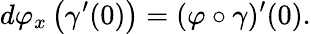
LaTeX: d\varphi_{x}\left(\gamma^{\prime}(0)\right)=(\varphi\circ\gamma)^{\prime}(0).